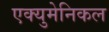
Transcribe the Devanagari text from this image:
एक्युमेनिकल